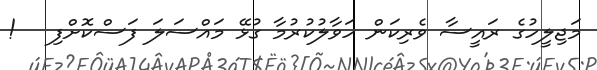
މަޖިލީހުގެ ރައީސާ ވެރިކަން ހަވާލުކުރުމާ ގުޅޭ މައްސަލަ ފަސްކޮށްފި   !